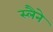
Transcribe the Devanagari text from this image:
स्लैने